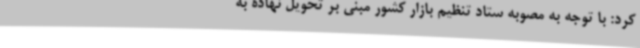
کرد: با توجه به مصوبه ستاد تنظیم بازار کشور مبنی بر تحویل نهاده به